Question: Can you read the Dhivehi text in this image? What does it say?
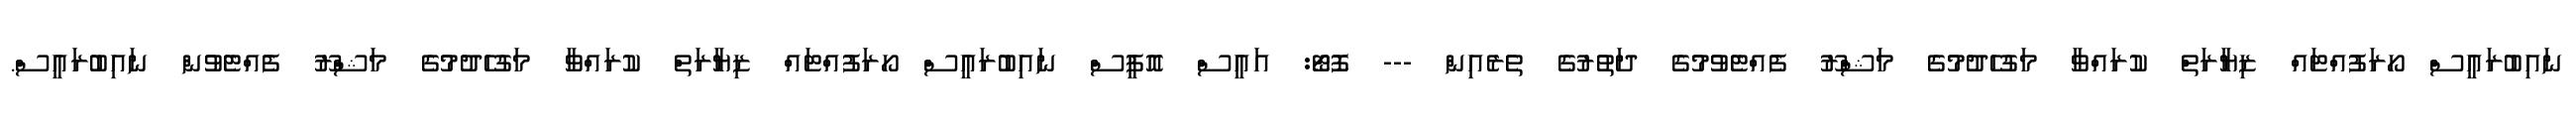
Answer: ނައިބުރައީސް ހޯރަފުއްޓައް ޒިޔާރަތް ކުރައްވާ މަގުހެދުމުގެ މަޝްރޫ ފެއްޓެވުމުގެ ދަތުރުގެ ތެރެއިން --- ފޮޓޯ: އައީސް އޮފީސް ނައިބުރައީސް ހޯރަފުއްޓައް ޒިޔާރަތް ކުރައްވާ މަގުހެދުމުގެ މަޝްރޫ ފެއްޓެވުން ނައިބުރައީސް.